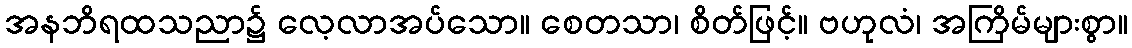
အနဘိရထသညာ၌ လေ့လာအပ်သော။ စေတသာ၊ စိတ်ဖြင့်။ ဗဟုလံ၊ အကြိမ်များစွာ။